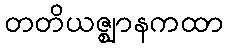
တတိယဇ္ဈာနကထာ